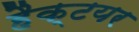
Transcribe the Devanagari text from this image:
हैक्टयर